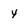
Character: y